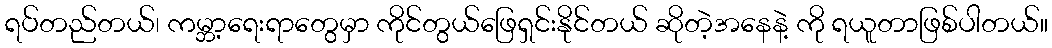
ရပ်တည်တယ်၊ ကမ္ဘာ့ရေးရာတွေမှာ ကိုင်တွယ်ဖြေရှင်းနိုင်တယ် ဆိုတဲ့အနေနဲ့ ကို ရယူတာဖြစ်ပါတယ်။